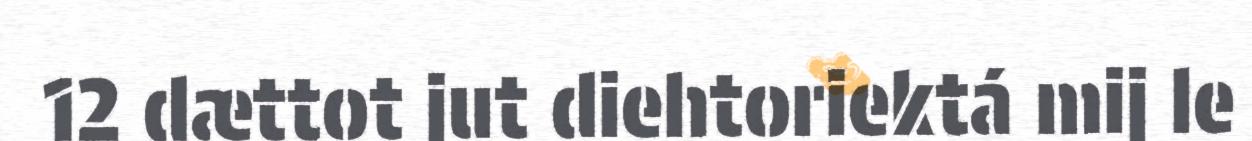
12 dættot jut diehtoriektá mij le